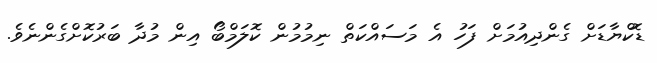
ޑޮކްޔާޑަށް ގެންދިއުމަށް ފަހު އެ މަސައްކަތް ނިމުމުން ކޮލަމްބޯ އިން މުދާ ބަރުކޮށްގެންނެވެ.